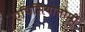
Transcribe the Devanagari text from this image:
एपिसियोतोमी